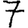
Digit: 7